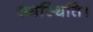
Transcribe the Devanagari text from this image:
समस्थिति।